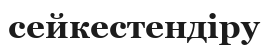
сейкестендіру